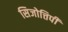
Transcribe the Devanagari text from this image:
सिजोत्तिपी